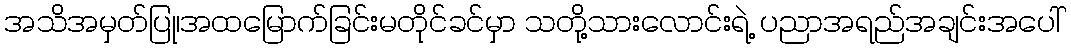
အသိအမှတ်ပြု၊အထမြောက်ခြင်းမတိုင်ခင်မှာ သတို့သားလောင်းရဲ့ ပညာအရည်အချင်းအပေါ်